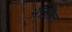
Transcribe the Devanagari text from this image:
अफ्रोज़